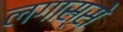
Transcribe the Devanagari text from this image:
लगास्से